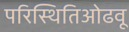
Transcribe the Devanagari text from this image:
परिस्थितिओढवू